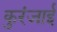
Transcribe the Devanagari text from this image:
कुरंजाई